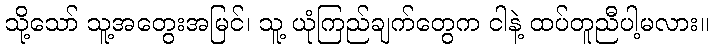
သို့သော် သူ့အတွေးအမြင်၊ သူ့ ယုံကြည်ချက်တွေက ငါနဲ့ ထပ်တူညီပါ့မလား။